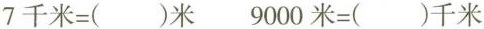
$$7千米=( )米$$ $$9000米=( )千米$$